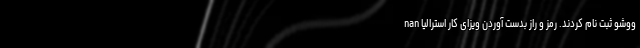
ووشو ثبت نام‌ کردند. رمز و راز بدست آوردن ویزای کار استرالیا nan